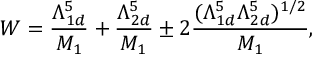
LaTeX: W = \frac { \Lambda _ { 1 d } ^ { 5 } } { M _ { 1 } } + \frac { \Lambda _ { 2 d } ^ { 5 } } { M _ { 1 } } \pm 2 \frac { ( \Lambda _ { 1 d } ^ { 5 } \Lambda _ { 2 d } ^ { 5 } ) ^ { 1 / 2 } } { M _ { 1 } } ,